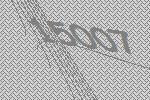
15007